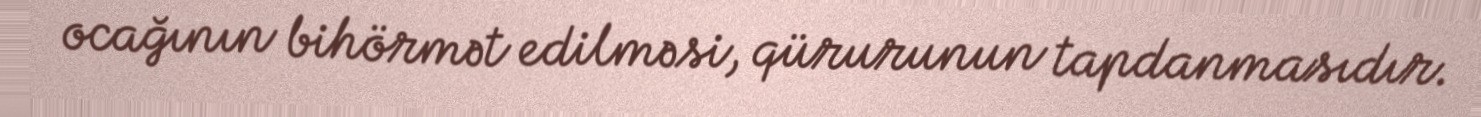
ocağının bihörmət edilməsi, qürurunun tapdanmasıdır.